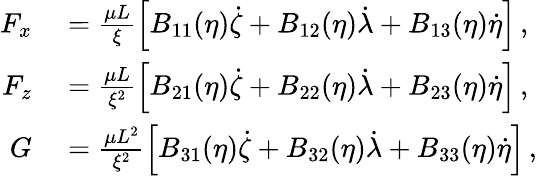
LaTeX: \begin{array}{rl}{F_{x}}&{{}=\frac{\mu L}{\xi}\left[B_{11}(\eta)\dot{\zeta}+B_{12}(\eta)\dot{\lambda}+B_{13}(\eta)\dot{\eta}\right]\, ,}\\ {F_{z}}&{{}=\frac{\mu L}{\xi^{2}}\left[B_{21}(\eta)\dot{\zeta}+B_{22}(\eta)\dot{\lambda}+B_{23}(\eta)\dot{\eta}\right]\, ,}\\ {G}&{{}=\frac{\mu L^{2}}{\xi^{2}}\left[B_{31}(\eta)\dot{\zeta}+B_{32}(\eta)\dot{\lambda}+B_{33}(\eta)\dot{\eta}\right]\, ,}\end{array}